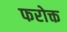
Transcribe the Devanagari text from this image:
फरोक्त